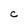
Character: C